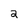
Character: 2